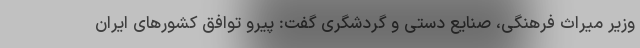
وزیر میراث فرهنگی، صنایع دستی و گردشگری گفت: پیرو توافق کشورهای ایران